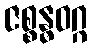
ဇစ္စန္ဓဝဂ္ဂ